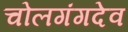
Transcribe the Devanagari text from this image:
चोलगंगदेव